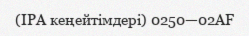
(IPA кеңейтімдері) 0250—02AF